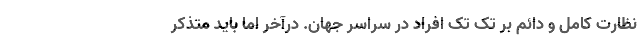
نظارت کامل و دائم بر تک تک افراد در سراسر جهان. درآخر اما باید متذکر